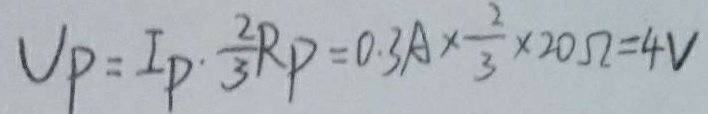
U _ { P } = I _ { P } \cdot \frac { 2 } { 3 } R _ { P } = 0 . 3 A \times \frac { 2 } { 3 } \times 2 0 \Omega = 4 V